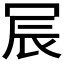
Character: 𫤹